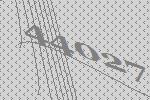
44027